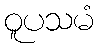
ဝူပသမံ